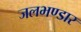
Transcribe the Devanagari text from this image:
जलभण्डार